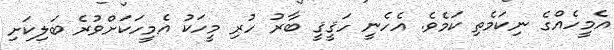
އެމީހެއްގެ ނިކަމެތި ކަމެވެ. އެހެނީ ހަޤީޤީ ބާރު ހުރި މީހަކު އެމީހަކަށްވުރެ ބަލިކަށި